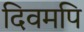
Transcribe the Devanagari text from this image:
दिवमपि